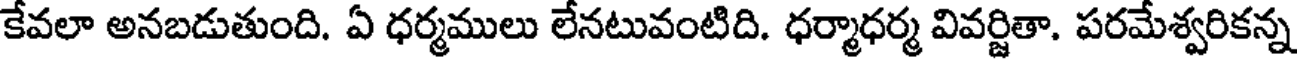
కేవలా అనబడుతుంది. ఏ ధర్మములు లేనటువంటిది. ధర్మాధర్మ వివర్జితా, పరమేశ్వరికన్న